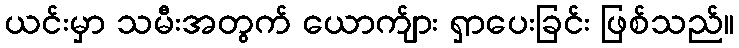
ယင်းမှာ သမီးအတွက် ယောက်ျား ရှာပေးခြင်း ဖြစ်သည်။